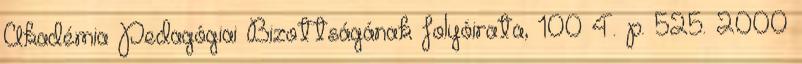
Akadémia Pedagógiai Bizottságának folyóirata, 100 4. p. 525. 2000